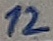
Text: 12